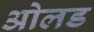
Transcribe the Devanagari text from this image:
ओलड